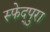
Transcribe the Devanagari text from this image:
स्फेद्पुरा